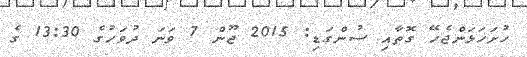
ހުށަހަޅަންޖެހޭ ގޮތާއި ސުންގަޑި: 2015 ޖޫން 7 ވަނަ ދުވަހުގެ 13:30 ގެ